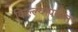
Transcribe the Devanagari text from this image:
किल्ल्यापर्यन्त